Medical and sanitary report on the native army of Bombay for the year
Year: 1879
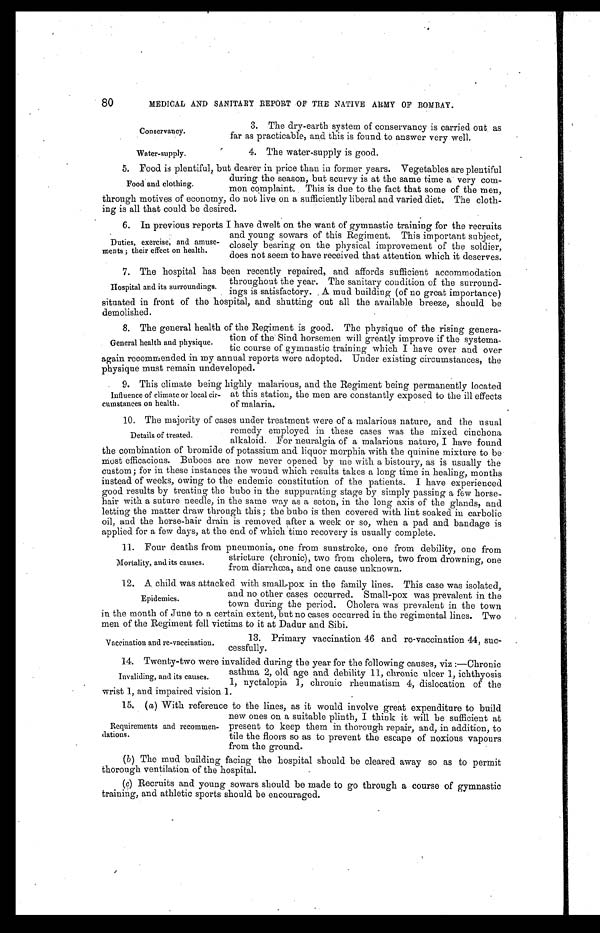
Conservancy.
Water-supply.
80 MEDICAL AND SANITARY REPORT OF THE NATIVE ARMY OF BOMBAY.
3. The dry-earth system of conservancy is carried out . as
far as practicable, and this is found to answer very well.
4. The water-supply is good.
5 . F o o d i s p l e n t i f u l , b u t d e a r e r i n p r i c e t h a n i n f o r m e r y e a r s . V e g e t a b l e s a r e p l e n t i f u l
during the season, but scurvy is at the same time a very com-
mon complaint. This is due to the fact that some of the men,
through motives of economy, do not live on a sufficiently liberal and varied diet. The cloth-ing is all that could be desired
6. In previous reports I have dwelt on the want of gymnastic training for the recruits
and young sowars of this Regiment. This important subject,
closely bearing on the physical improvement of the soldier,
does not seem to have received that attention which it deserves.
7. The hospital has been recently repaired, and affords sufficient accommodation
throughout the year. The sanitary condition of the surround
-ings is satisfactory. A mud building (of no great importance)
situated in front of the hospital, and shutting out all the available breeze, should be
8. The general health of the Regiment is good. The physique of the rising genera-
tion of the Sind horsemen will greatly improve if the systema-
tic course of gymnastic training which I have over and over
again recommended in my annual reports were adopted. Under existing circumstances, the
p h y s i q u e m u s t r e m a i n u n d e v e l o
ped.
9. This climate being highly malarious, and the Regiment being permanently located
at this station, the men are constantly exposed to the ill effects
of malaria.
10. The majority of cases under treatment were of a malarious nature, and the usual
remedy employed in these cases was the mixed cinchona
alkaloid. For neuralgia of a malarious nature, I have found
the combination of bromide of potassium and liquor morphia with the quinine mixture to be
most efficacious. Buboes are now never opened by me with a bistoury, as is usually the
custom; for in these instances the wound which results takes a long time in healing, months
instead of weeks, owing to the endemic constitution of the patients. I have experienced
good results by treating the bubo in the suppurating stage by simply passing a few horse
- h a i r w i t h a s u t u r e n e e d l e , i n t h e s a m e w a y a s a s e t o n , i n t h e l o n g a x i s o f t h e g l a n d s , a n d
letting the matter draw through this; the bubo is then covered with lint soaked in carbolic
oil, and the horse-hair drain is removed after a week or so, when a pad and bandage is
applied for a few days, at the end of which time recovery is usually complete.
11. Four deaths from pneumonia, one from sunstroke, one from debility, one from
stricture (chronic), two from cholera, two from drowning, one
from diarrhœa, and one cause unknown.
12. A. child was attacked with small-pox in the family lines. This case was isolated,
and no other cases occurred. Small-pox was prevalent in the
town during the period. Cholera was prevalent in the town
in the month of June to a certain extent, but no cases occurred in the regimental lines. Two
men of the Regiment fell victims to it at Dadur and Sibi.
Food and clothing.
Duties, exercise, and amuse
-ments; their effect on health.
Hospital and its surroundings.
General health and physique.
Influence of climate or local cir
-cumstances on health.
Details of treated.
Mortality, and its causes.
Epidemics.
13. Primary vaccination 46 and re-vaccination 44, suc
-cessfully.
Vaccination and re-vaccination.
14. Twenty-two were invalided during the year for the following causes, viz:—Chronic
asthma 2, old age and debility 11, chronic ulcer 1, ichthyosis
1, nyctalopia 1, chronic rheumatism 4, dislocation of the
wrist 1, and impaired vision 1.
15. (a) With reference to the lines, as it would involve great expenditure to build
new ones on a suitable plinth, I think it will be sufficient at
present to keep them in thorough repair, and, in addition, to
tile the floors so as to prevent the escape of noxious vapours
from the ground.
(b) The mud building facing the hospital should be cleared away so as to permit
thorough ventilation of the hospital.
(c) Recruits and young sowars should be made to go through a course of gymnastic
training, and athletic sports should be encouraged.
Invaliding, and its causes.
Requirements and recommen
-dations.